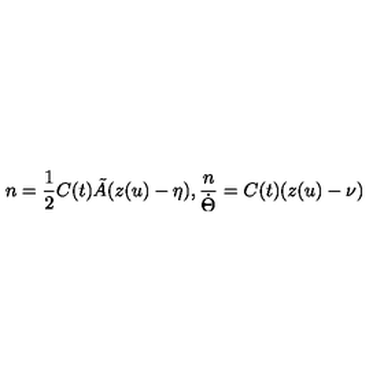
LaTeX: n = \frac { 1 } { 2 } C ( t ) \tilde { A } ( z ( u ) - \eta ) , \frac { n } { \dot { \Theta } } = C ( t ) ( z ( u ) - \nu )